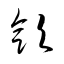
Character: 歛